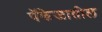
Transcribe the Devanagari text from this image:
पॅकेजातील